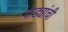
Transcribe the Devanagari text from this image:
पाड्यांची